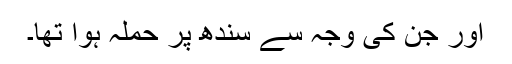
اور جن کی وجہ سے سندھ پر حملہ ہوا تھا۔